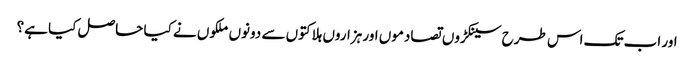
اور اب تک اس طرح سینکڑوں تصادموں اور ہزاروں ہلاکتوں سے دونوں ملکوں نے کیا حاصل کیا ہے؟